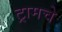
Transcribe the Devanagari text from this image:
ट्रामचे